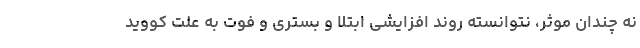
نه چندان موثر، نتوانسته روند افزایشی ابتلا و بستری و فوت به علت کووید